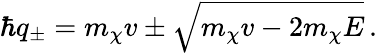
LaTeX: \hbar q_{\pm}=m_{\chi}v\pm\sqrt{m_{\chi}v-2m_{\chi}E}\, .